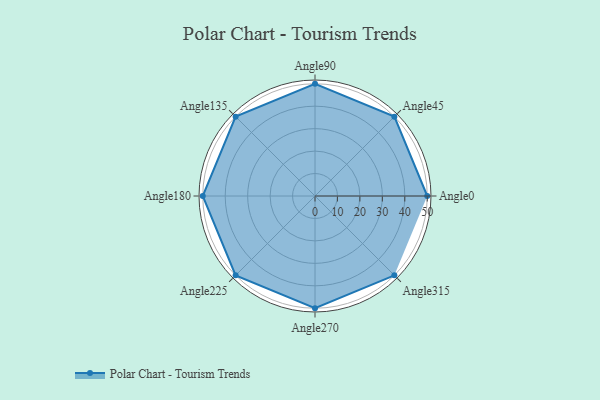
{"axis": {"x": "Angle", "y": "Radius"}, "legend": [""], "data": [{"x": "Angle0", "y": 50.0, "type": ""}, {"x": "Angle45", "y": 50, "type": ""}, {"x": "Angle90", "y": 50, "type": ""}, {"x": "Angle135", "y": 50, "type": ""}, {"x": "Angle180", "y": 50, "type": ""}, {"x": "Angle225", "y": 50, "type": ""}, {"x": "Angle270", "y": 50, "type": ""}, {"x": "Angle315", "y": 50, "type": ""}]}